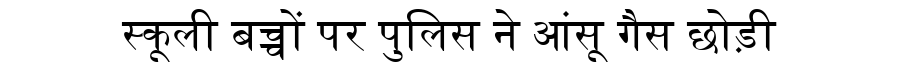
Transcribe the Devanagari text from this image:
स्कूली बच्चों पर पुलिस ने आंसू गैस छोड़ी